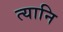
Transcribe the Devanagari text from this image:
त्यानि